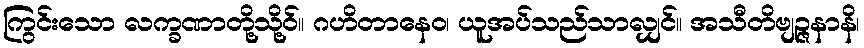
ကြွင်းသော လက္ခဏာတို့သို့ဝ်။ ဂဟိတာနေဝ၊ ယူအပ်သည်သာလျှင်။ အသီတိဗျဉ္ဇနာနိ၊